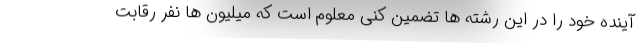
آینده خود را در این رشته ها تضمین کنی معلوم است که میلیون ها نفر رقابت